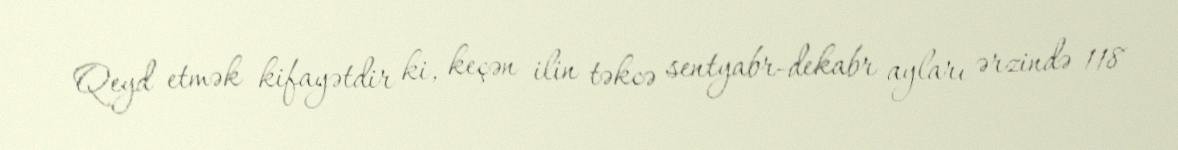
Qeyd etmək kifayətdir ki, keçən ilin təkcə sentyabr-dekabr ayları ərzində 118